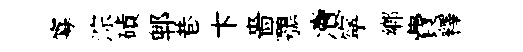
寡淙磧郫巷卞嗇鶚凟寜郷費釋